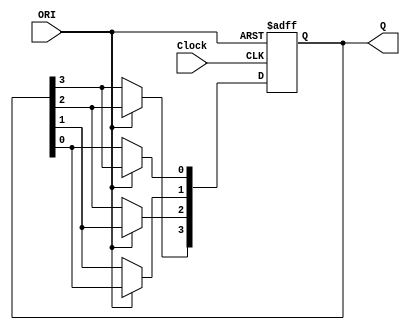
// Module Name:    Ring_Counter 

module Ring_Counter(Clock,ORI,Q);
	input Clock,ORI; //ORI means Over Ridden Input
	output reg [3:0] Q;
	always @(posedge Clock or negedge ORI)
	begin
		if(ORI == 0)
		begin
			Q[0] <= 1'b1; //Preset
			Q[3:1] <= 1'b0;
		end
		else if(ORI == 1)
		begin
			Q[3] <= Q[2];
			Q[2] <= Q[1];
			Q[1] <= Q[0];
			Q[0] <= Q[3];
		end
	end
endmodule